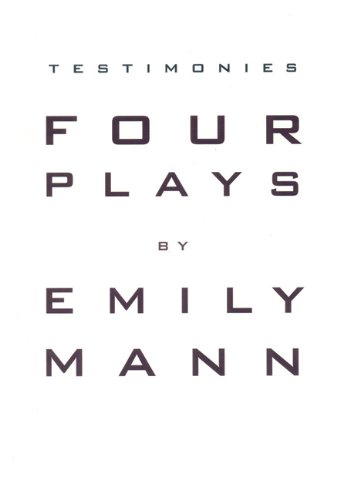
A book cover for Testimonies: Four Plays; Emily Mann; Literature & Fiction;